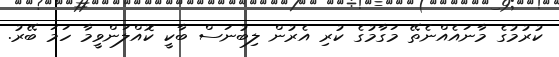
ކުރުމުގެ މާނައެއްނެތޭ މަގާމުގެ ކުރި އެރުން ލިބުނަސް ބާކީ ކޮއްލަންވީމާ ހަަމަ ބޭރު.